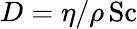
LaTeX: D=\eta/\rho\, \mathrm{Sc}